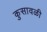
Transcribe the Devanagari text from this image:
कुसावळी